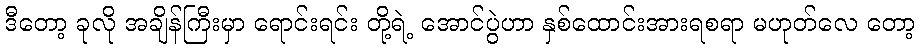
ဒီတော့ ခုလို အချိန်ကြီးမှာ ရောင်းရင်း တို့ရဲ့ အောင်ပွဲဟာ နှစ်ထောင်းအားရစရာ မဟုတ်လေ တော့